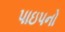
પાઇપનો